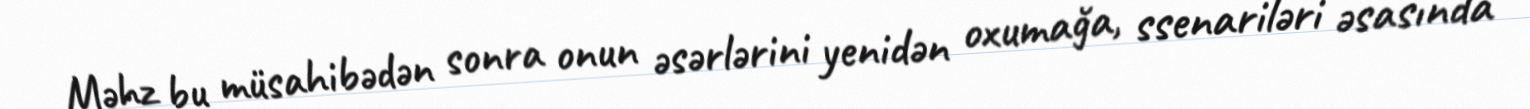
Məhz bu müsahibədən sonra onun əsərlərini yenidən oxumağa, ssenariləri əsasında